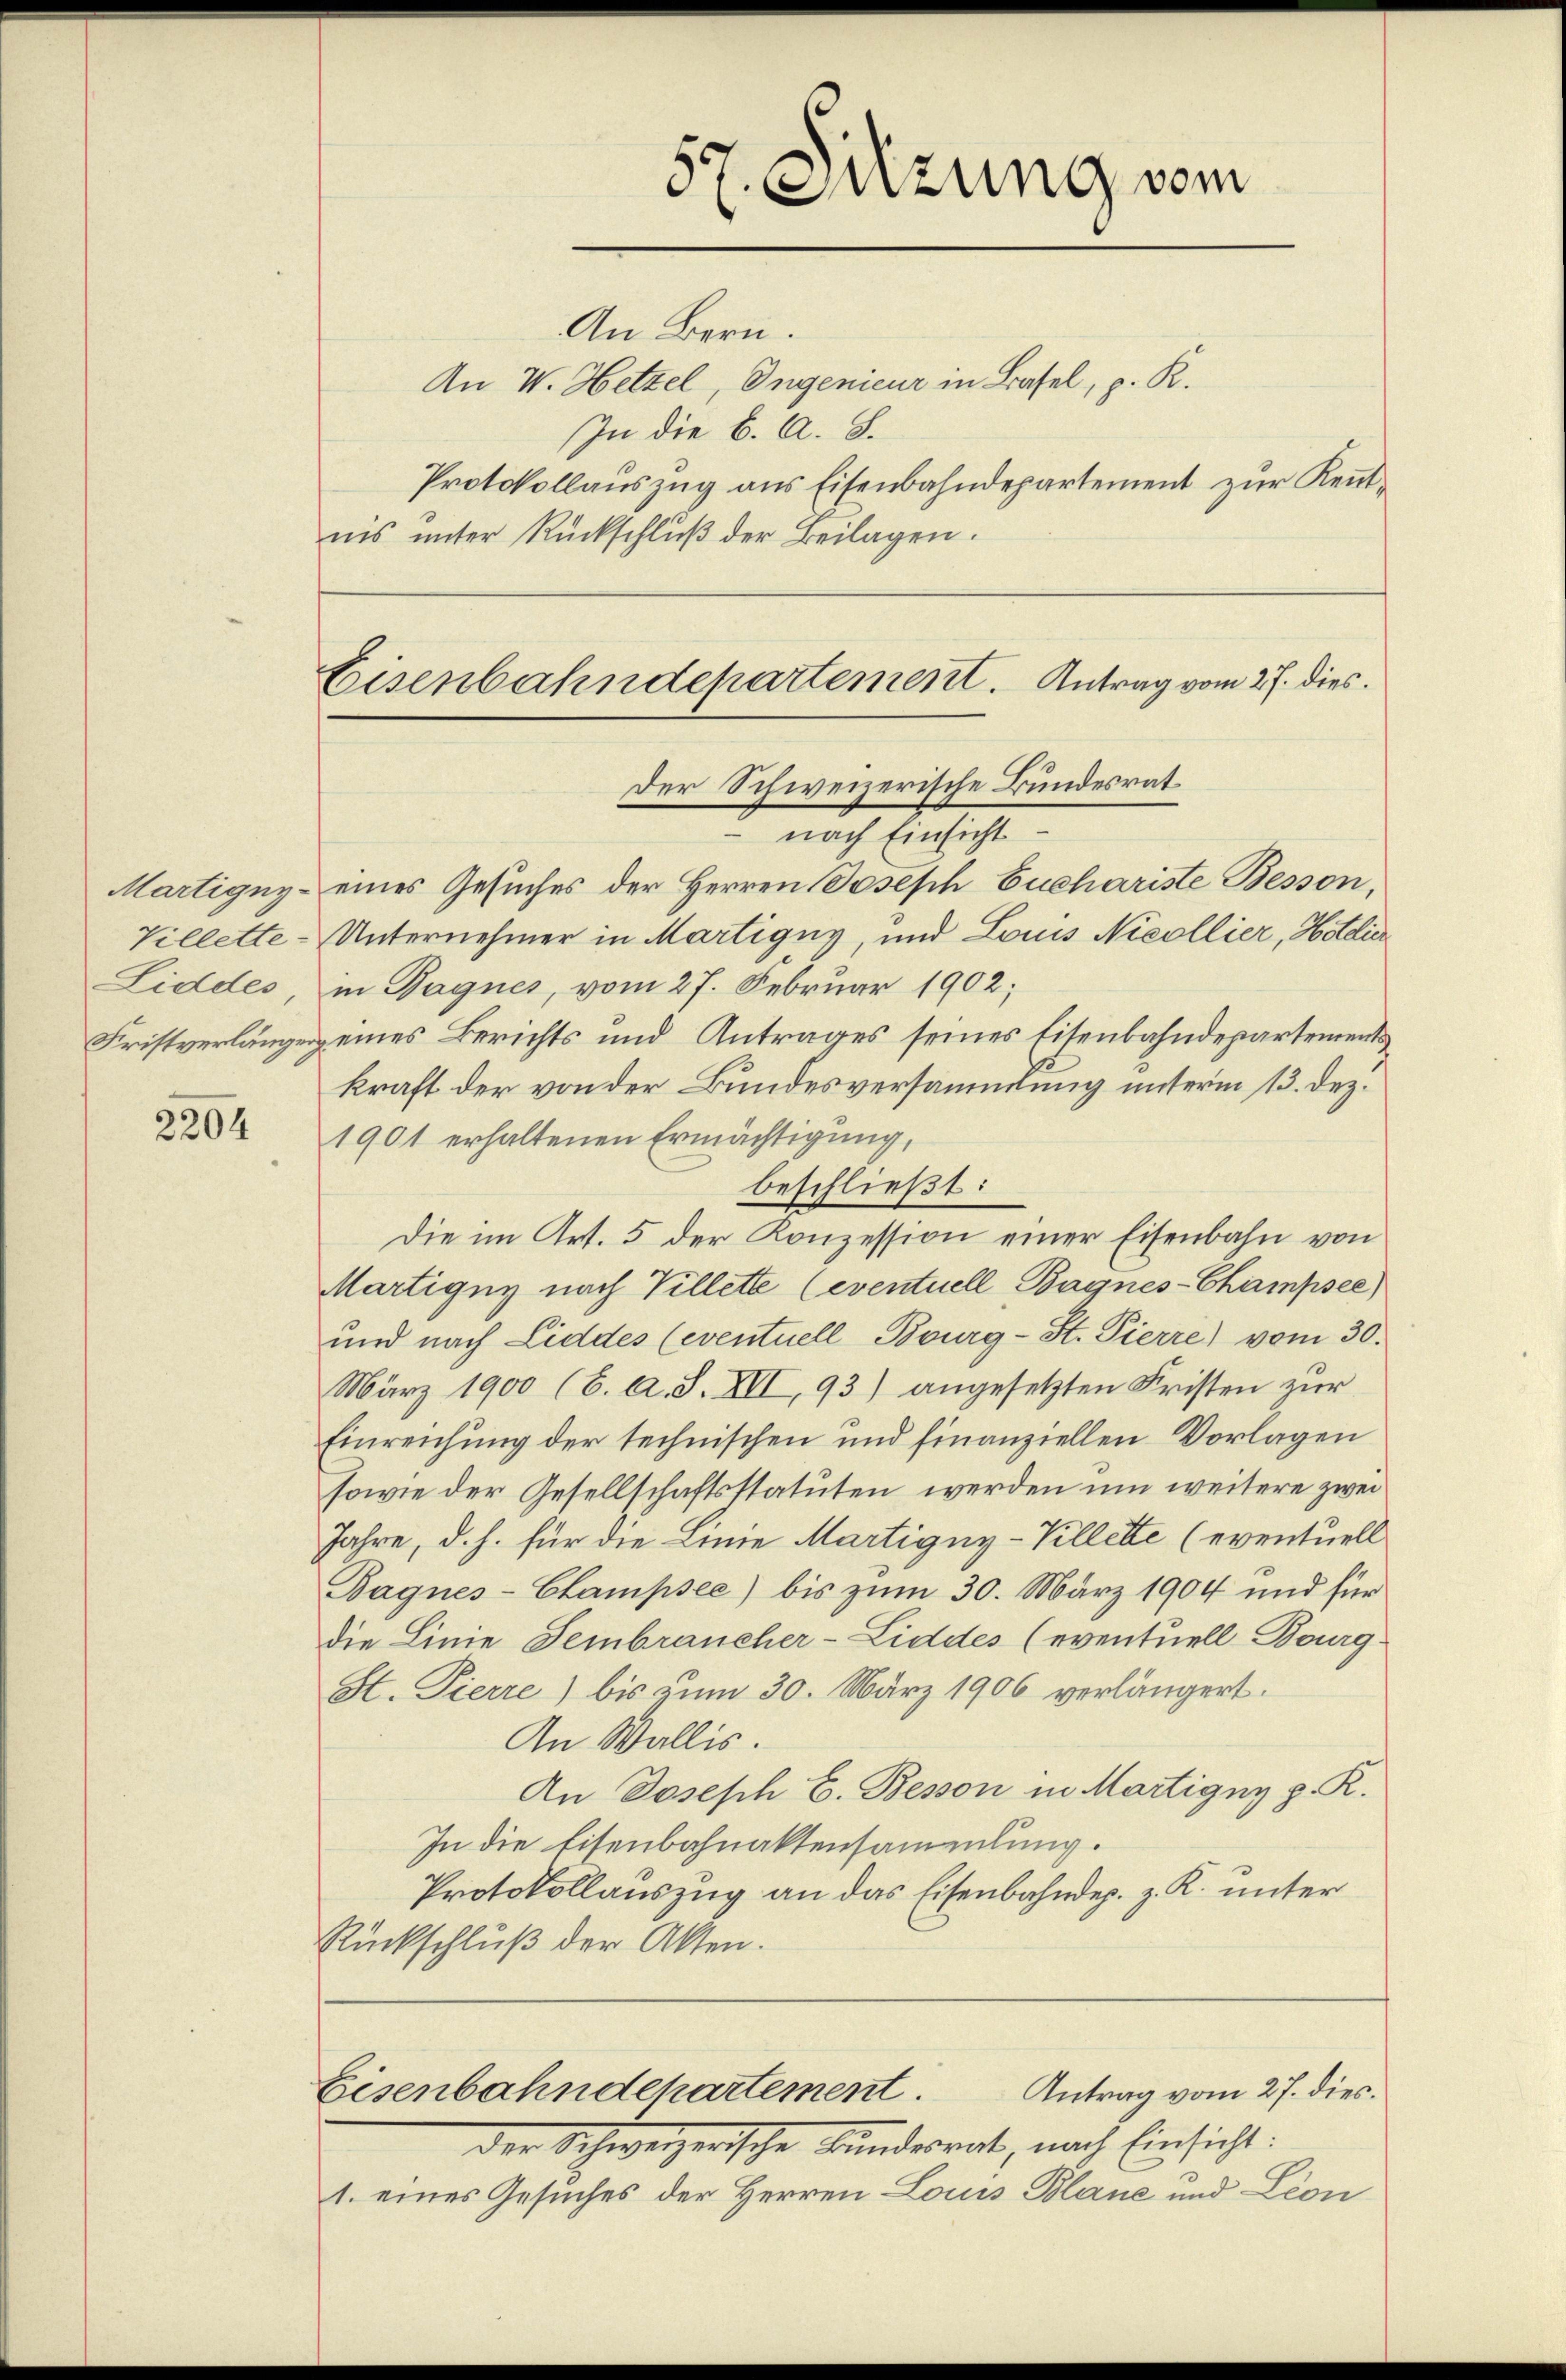
Villette
Liddes

2204

An Bern.
An V. Hetzel, Ingenieur in Basel, p. K.
In die B. A. S.
Protokollauszug aus Eisenbahndepartement zur Kenntnis unter Rückschlŭβ der Beilagen.

nach Einsicht
Martigny- eines Gesuches der Herren Joseph Euchariste Besson,
Unternehmer in Martigny, und Louis Nicollier, Hottier
in Bagnes, vom 27. Februar 1902;
Fristverlängen eines Berichts und Antrages seines Eisenbahndepartementskraft der von der Bundesversammlung unterm 13. Dez.
1901 erhaltenen Ermächtigung,
beschließt:
Die im Art. 5 der Konzession einer Eisenbahn von
Martigny nach Villette (eventuell Bagnes-Champsee)
und nach Liddes (eventuell Burg-St. Pierre) vom 30.
März 1900 (6. A. S. XII, 93) angesetzten Fristen zur
Einreichung der technischen und finanziellen Vorlagen
sowie der Gesellschaftsstatuten werden um weitere zwei¬
Jahre, d. h. für die Linie Martigny-Killette (eventuell
Bagnes- Champsee) bis zum 30. März 1904 und für
die Linie Sembraucher-Liddes (eventuell-Bourg¬
St. Pierre) bis zum 30. März 1906 verlängert.
An Wallis.
An Joseph E. Beson in Martigny p. R.
In die Eisenbahnaktensammlung.
Protokollauszug an das Eisenbahndep. z. K. unter
Rückschluß der Akten.

87. Sitzung vom
.

Eisenbahndepartement. Antrag vom 27. dies
der Schweizerische Bundesrat

Antrag vom 27. dies.
Eisenbahndepartement.

der Schweizerische Bundesrat, nach Einsicht:
1. eines Gesuches der Herren Louis Blane und Lion